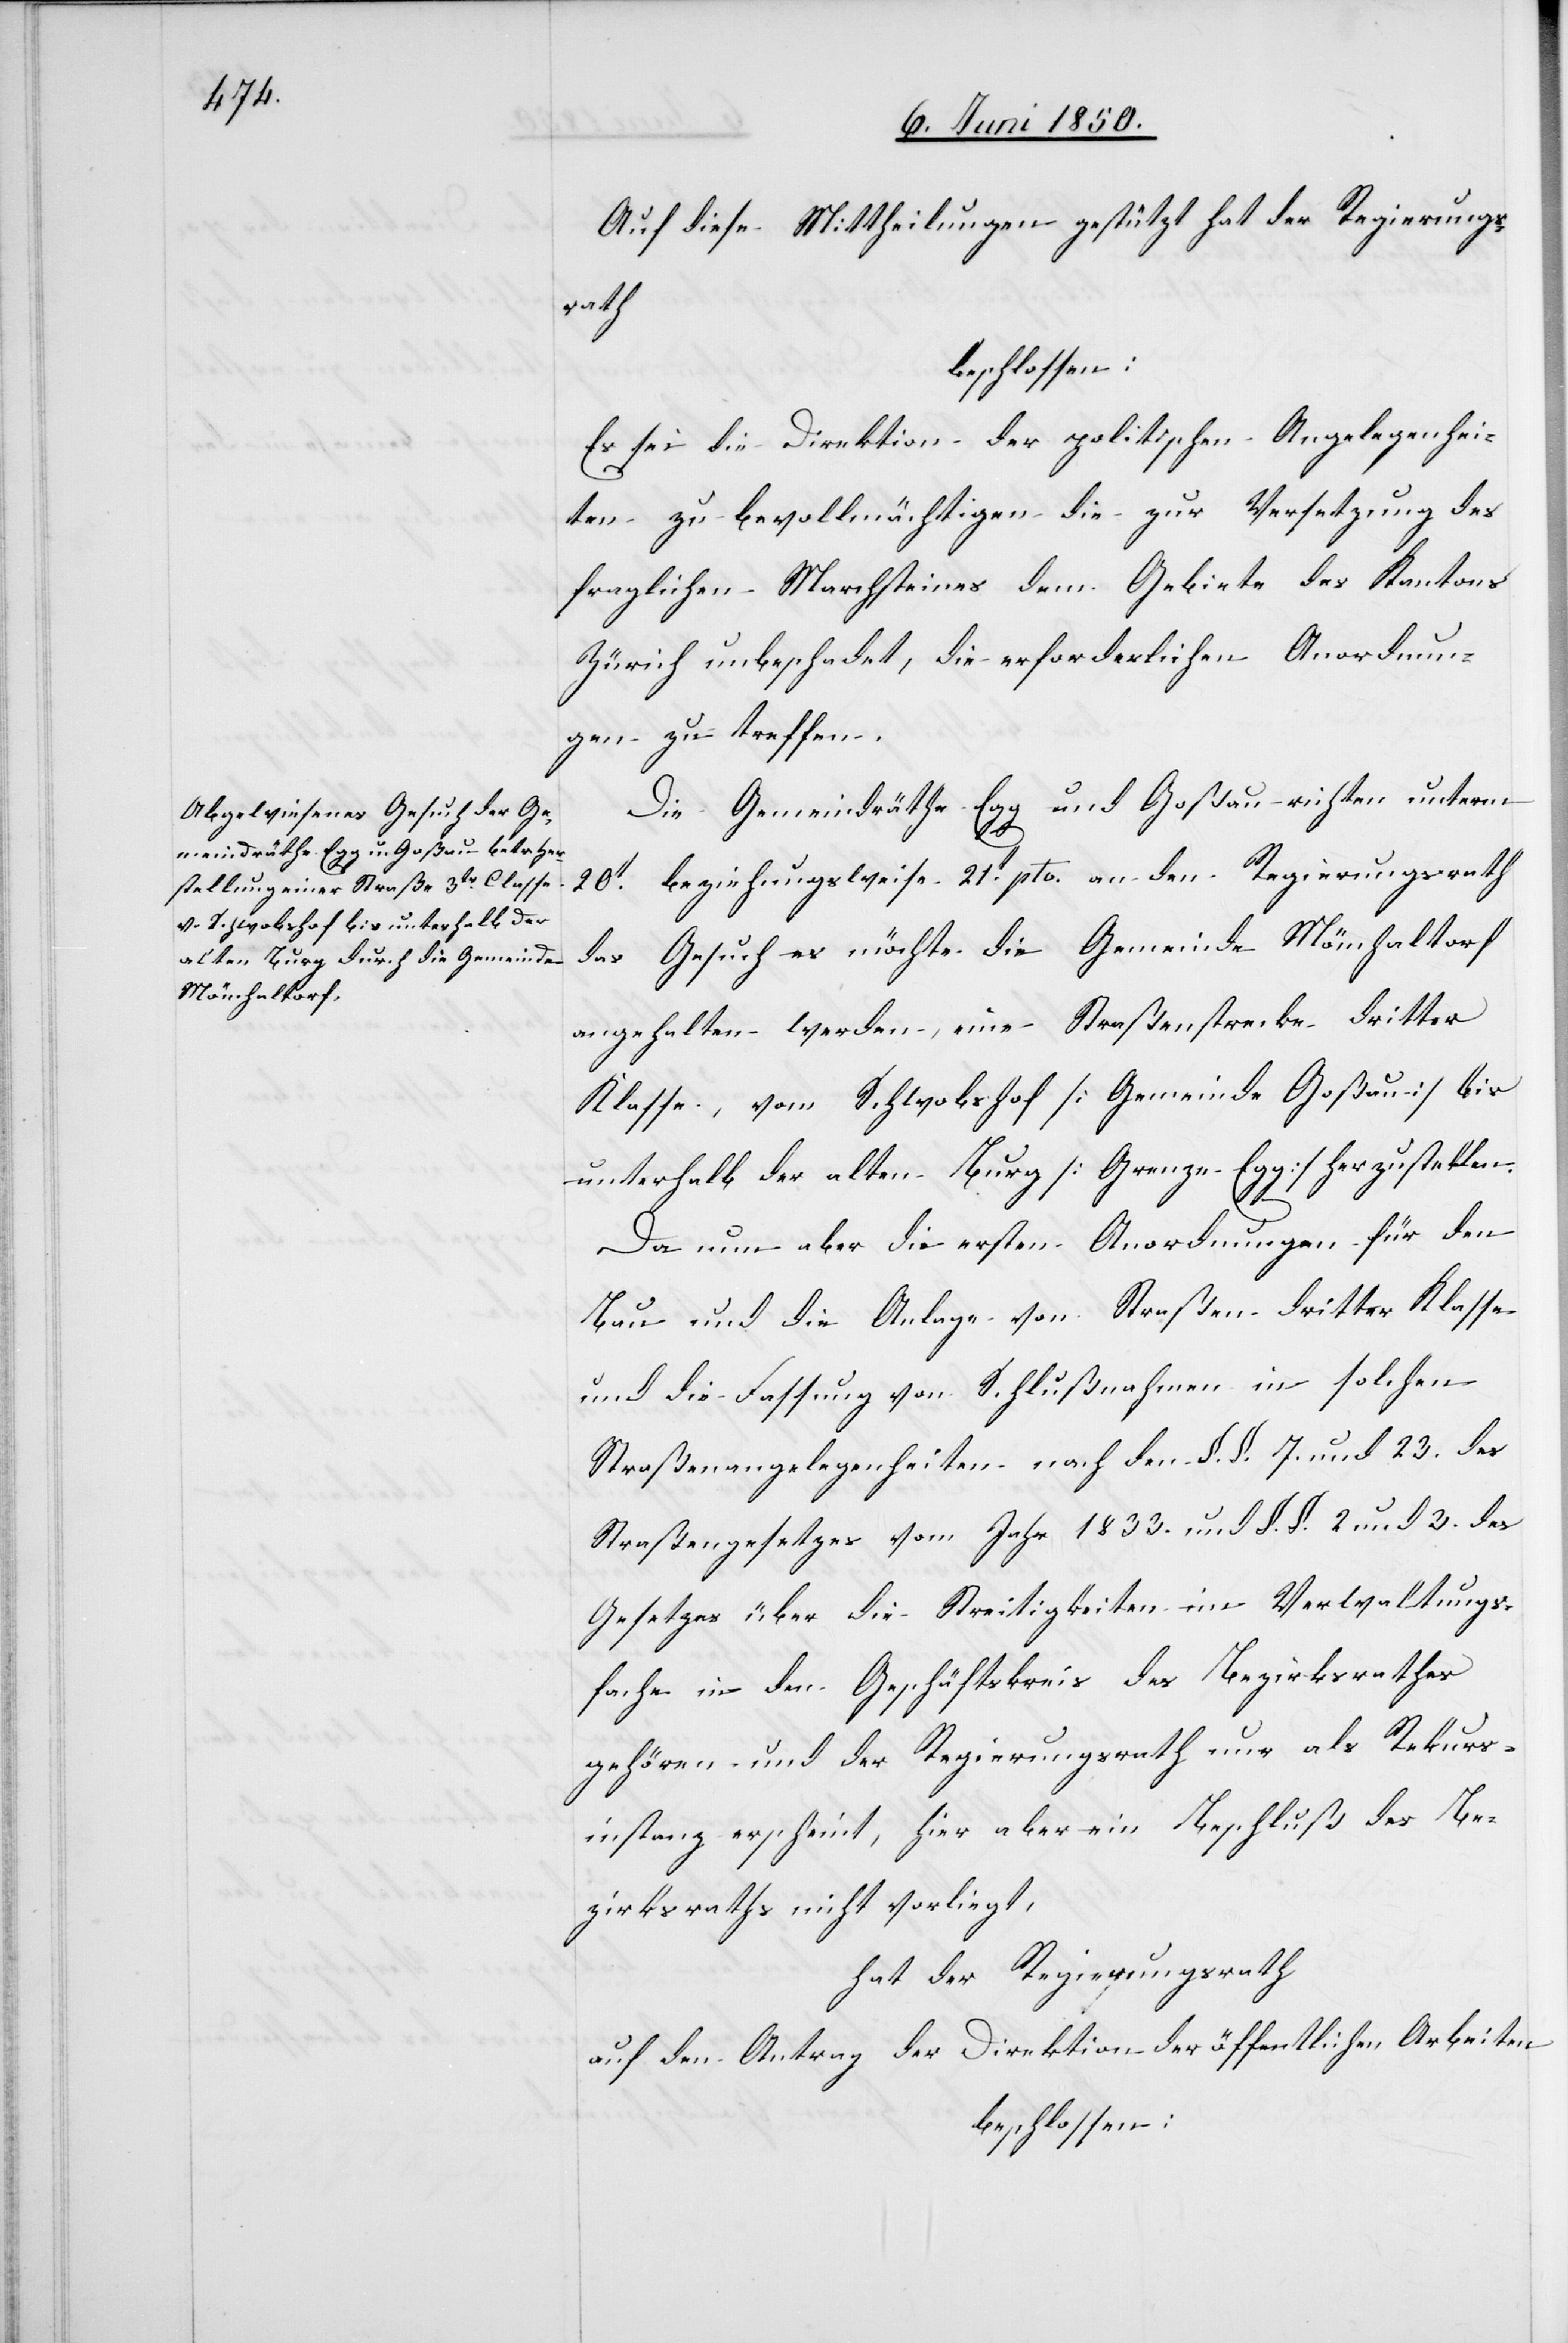
Auf diese Mittheilungen gestützt hat der Regierungs¬
rath
beschlossen:
Es sei die Direktion der politischen Angelegenhei¬
ten zu bevollmächtigen die zur Versetzung des
fraglichen Marchsteines dem Gebiete des Kantons
Zürich unbeschadet, die erforderlichen Anordnun¬
gen zu treffen.
Die Gemeindräthe Egg und Goßau richten unterm
20t beziehungsweise 21t pto. an den Regierungsrath
das Gesuch es möchte die Gemeinde Mönchaltorf
angehalten werden, eine Straßenstrecke dritter
Klasse, vom Schwobshof [Gemeinde Goßau] bis
unterhalb der alten Burg [Grenze Egg] herzustellen.
Da nun aber die ersten Anordnungen für den
Bau und die Anlage von Straßen dritter Klasse
und die Fassung von Schlußnahmen in solchen
Straßenangelegenheiten nach den §. §. 7. und 23. des
Straßengesetzes vom Jahr 1833. und §. §. 2 und 3. des
Gesetzes über die Streitigkeiten im Verwaltungs¬
fache in den Geschäftskreis des Bezirksrathes
gehören und der Regierungsrath nur als Rekurs¬
instanz erscheint, hier aber ein Beschluß des Be¬
zirksraths nicht vorliegt,
hat der Regierungsrath
auf den Antrag der Direktion der öffentlichen Arbeiten
beschlossen: